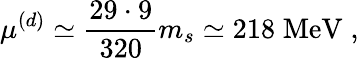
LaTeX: \mu^{(d)}\simeq\frac{29\cdot 9}{320}m_{s}\simeq 218\; \mathrm{MeV}\; ,